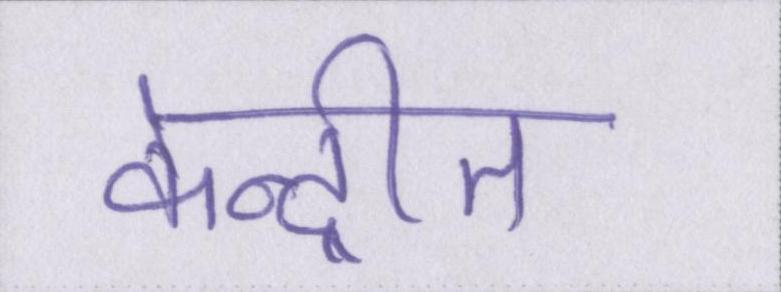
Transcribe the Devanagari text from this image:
केन्द्रीत